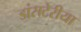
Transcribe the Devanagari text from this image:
डांसटेरीया